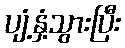
ပျံ့နှံ့သွားပြီး